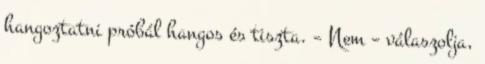
hangoztatni próbál hangos és tiszta. – Nem – válaszolja,